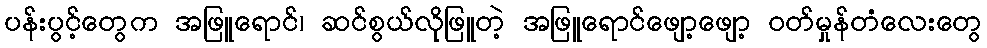
ပန်းပွင့်တွေက အဖြူရောင်၊ ဆင်စွယ်လိုဖြူတဲ့ အဖြူရောင်ဖျော့ဖျော့ ဝတ်မှုန်တံလေးတွေ